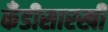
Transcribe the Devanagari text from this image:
कँडीसारखी